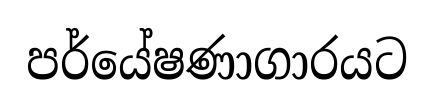
පර්යේෂණාගාරයට